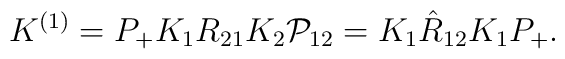
K^{(1)} = P_{+} K_{1} R_{21} K_{2}{\cal P}_{12}=K_{1} \hat{R}_{12} K_{1} P_{+}.